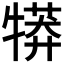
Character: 𤛘